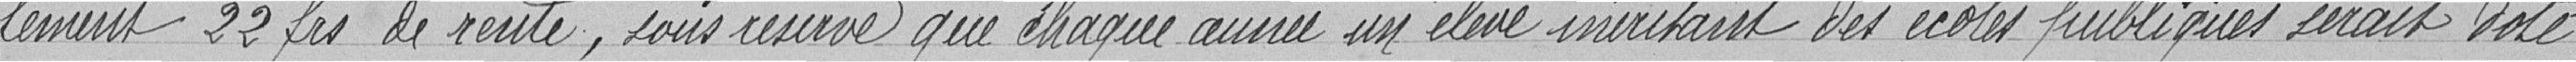
lement 22 francs de rente, sous réserve que chaque année un élève inéritant des écoles publiques serait doté